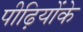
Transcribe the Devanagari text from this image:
पीढ़ियोंके